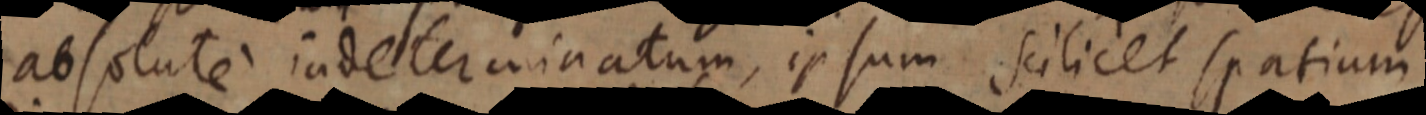
absolute indeterminatum, ipsum scilicet spatium